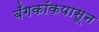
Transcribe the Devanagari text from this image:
बँगकॉकपासून